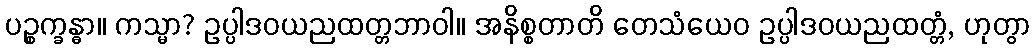
ပဉ္စက္ခန္ဓာ။ ကသ္မာ? ဥပ္ပါဒဝယညထတ္တဘာဝါ။ အနိစ္စတာတိ တေသံယေဝ ဥပ္ပါဒဝယညထတ္တံ, ဟုတွာ